Report of the Bombay Veterinary College
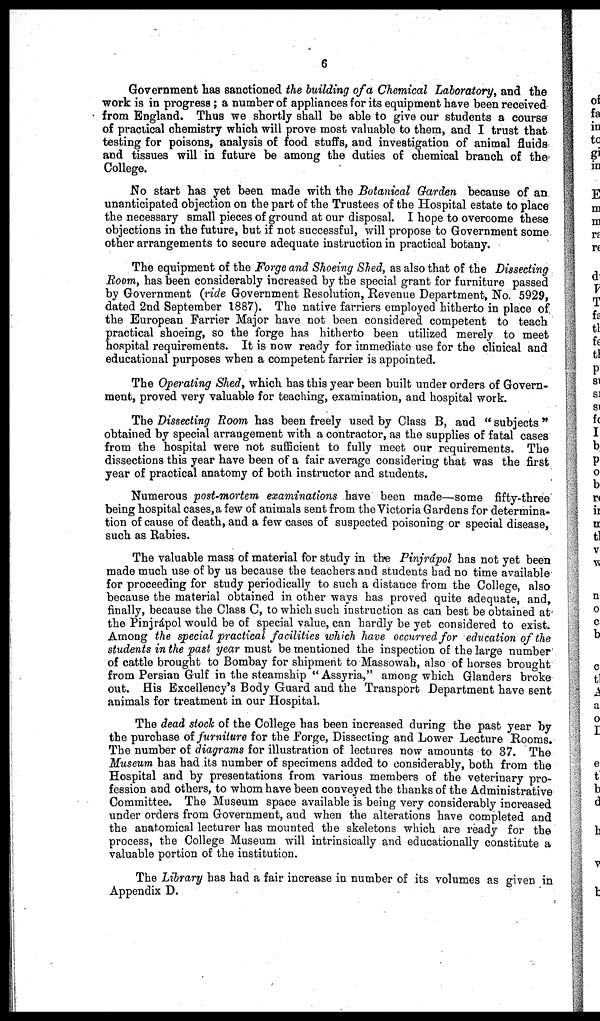
6
Government has sanctioned the building of a Chemical Laboratory, and the
work is in progress; a number of appliances for its equipment have been received
from England. Thus we shortly shall be able to give our students a course
of practical chemistry which will prove most valuable to them, and I trust that
testing for poisons, analysis of food stuffs, and investigation of animal fluids
and tissues will in future be among the duties of chemical branch of the
College.
No start has yet been made with the Botanical Garden because of an
unanticipated objection on the part of the Trustees of the Hospital estate to place
the necessary small pieces of ground at our disposal. I hope to overcome these
objections in the future, but if not successful, will propose to Government some
other arrangements to secure adequate instruction in practical botany.
The equipment of the Forge and Shoeing Shed, as also that of the Dissecting
Room, has been considerably increased by the special grant for furniture passed
by Government (ride Government Resolution, Revenue Department, No. 5929,
dated 2nd September 1887). The native farriers employed hitherto in place of
the European Farrier Major have not been considered competent to teach
practical shoeing, so the forge has hitherto been utilized merely to meet
hospital requirements. It is now ready for immediate use for the clinical and
educational purposes when a competent farrier is appointed.
The Operating Shed, which has this year been built under orders of Govern-
ment, proved very valuable for teaching, examination, and hospital work.
The Dissecting Room has been freely used by Class B, and " subjects "
obtained by special arrangement with a contractor, as the supplies of fatal cases
from the hospital were not sufficient to fully meet our requirements. The
dissections this year have been of a fair average considering that was the first
year of practical anatomy of both instructor and students.
Numerous post-mortem examinations have been made—some fifty-three
being hospital cases,a few of animals sent from the Victoria Gardens for determina-
tion of cause of death, and a few cases of suspected poisoning or special disease,
such as Rabies.
The valuable mass of material for study in the Pinjrápol has not yet been
made much use of by us because the teachers and students had no time available
for proceeding for study periodically to such a distance from the College, also
because the material obtained in other ways has proved quite adequate, and,
finally, because the Class C, to which such instruction as can best be obtained at
the Pinjrápol would be of special value, can hardly be yet considered to exist.
Among the special practical facilities which have occurred for education of the
students in the past year must be mentioned the inspection of the large number
of cattle brought to Bombay for shipment to Massowah, also of horses brought
from Persian Gulf in the steamship " Assyria," among which Glanders broke
out. His Excellency's Body Guard and the Transport Department have sent
animals for treatment in our Hospital.
The dead stock of the College has been increased during the past year by
the purchase of furniture for the Forge, Dissecting and Lower Lecture Rooms.
The number of diagrams for illustration of lectures now amounts to 37. The
Museum has had its number of specimens added to considerably, both from the
Hospital and by presentations from various members of the veterinary pro-
fession and others, to whom have been conveyed the thanks of the Administrative
Committee. The Museum space available is being very considerably increased
under orders from Government, and when the alterations have completed and
the anatomical lecturer has mounted the skeletons which are ready for the
process, the College Museum will intrinsically and educationally constitute a
valuable portion of the institution.
The Library has had a fair increase in number of its volumes as given in
Appendix D.